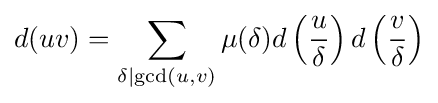
d(uv)=\sum _{\delta \mid \gcd(u,v)}\mu (\delta )d\left({\frac {u}{\delta }}\right)d\left({\frac {v}{\delta }}\right)